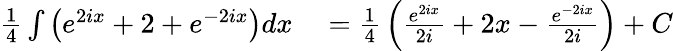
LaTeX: \begin{array}{rl}{{\frac{1}{4}}\int\left(e^{2ix}+2+e^{-2ix}\right)dx}&{{}={\frac{1}{4}}\left({\frac{e^{2ix}}{2i}}+2x-{\frac{e^{-2ix}}{2i}}\right)+C}\end{array}